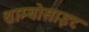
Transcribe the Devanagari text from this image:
थ्राम्बोसाइट